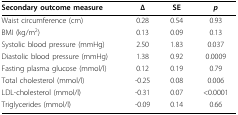
<table><thead><tr><td><b>Secondary outcome measure</b></td><td><b>Δ</b></td><td><b>SE</b></td><td><b><i>p</i></b></td></tr></thead><tbody><tr><td>Waist circumference (cm)</td><td>0.28</td><td>0.54</td><td>0.93</td></tr><tr><td>BMI (kg/m<sup>2</sup>)</td><td>0.13</td><td>0.09</td><td>0.13</td></tr><tr><td>Systolic blood pressure (mmHg)</td><td>2.50</td><td>1.83</td><td>0.037</td></tr><tr><td>Diastolic blood pressure (mmHg)</td><td>1.38</td><td>0.92</td><td>0.0009</td></tr><tr><td>Fasting plasma glucose (mmol/l)</td><td>0.12</td><td>0.19</td><td>0.79</td></tr><tr><td>Total cholesterol (mmol/l)</td><td>-0.25</td><td>0.08</td><td>0.006</td></tr><tr><td>LDL-cholesterol (mmol/l)</td><td>-0.31</td><td>0.07</td><td>&lt; 0.0001</td></tr><tr><td>Triglycerides (mmol/l)</td><td>-0.09</td><td>0.14</td><td>0.66</td></tr></tbody></table>